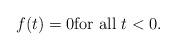
LaTeX: \begin{align*} f(t) = 0 \mbox{for all} \ t< 0.\end{align*}